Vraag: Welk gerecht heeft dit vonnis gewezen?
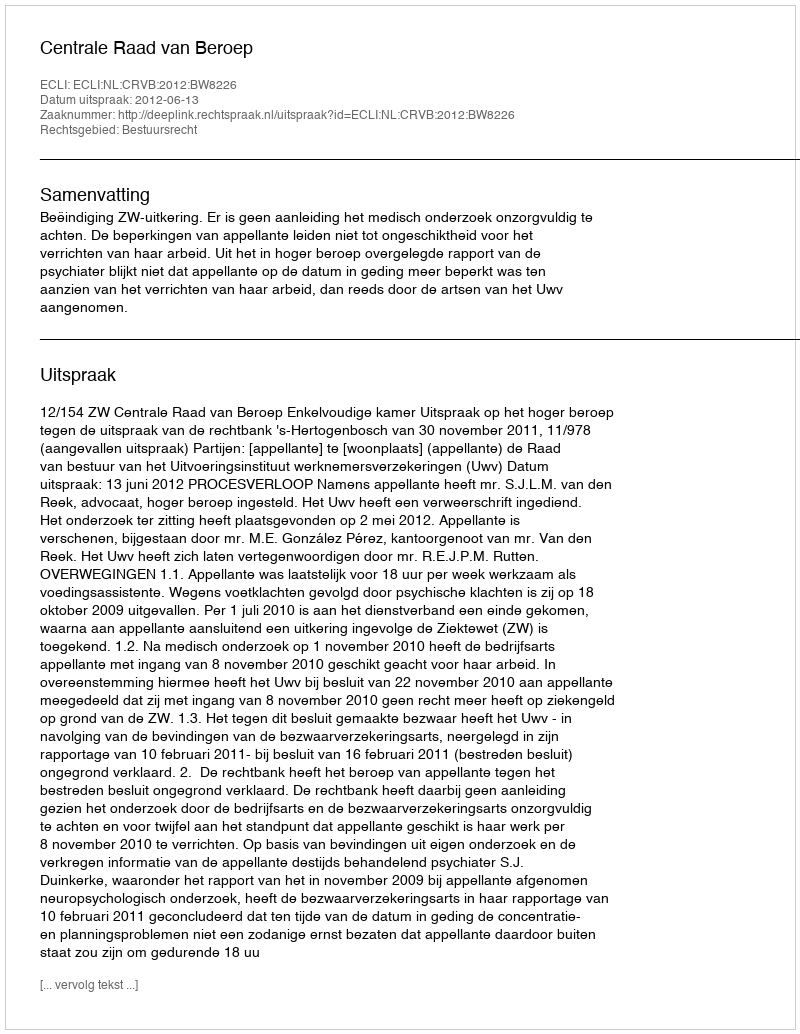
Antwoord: Centrale Raad van Beroep